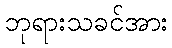
ဘုရားသခင်အား